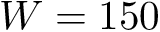
W = 1 5 0